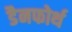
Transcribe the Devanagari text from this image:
डैनफोर्थ